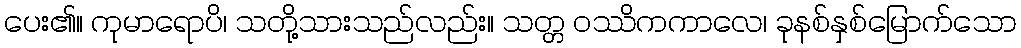
ပေး၏။ ကုမာရောပိ၊ သတို့သားသည်လည်း။ သတ္တ ဝဿိကကာလေ၊ ခုနစ်နှစ်မြောက်သော